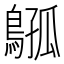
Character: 𫛈